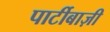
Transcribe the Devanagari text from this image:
पार्टीबाज़ी